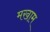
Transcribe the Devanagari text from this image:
मखाम